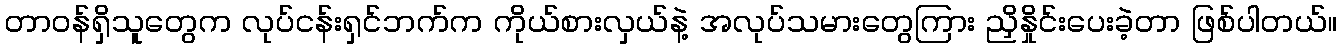
တာဝန်ရှိသူတွေက လုပ်ငန်းရှင်ဘက်က ကိုယ်စားလှယ်နဲ့ အလုပ်သမားတွေကြား ညှိနှိုင်းပေးခဲ့တာ ဖြစ်ပါတယ်။